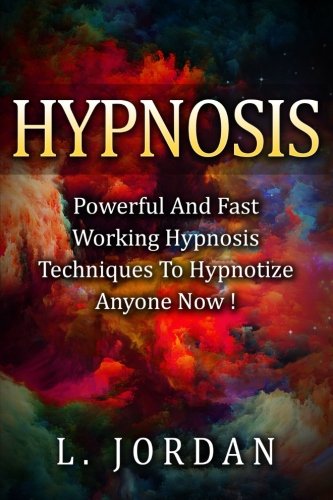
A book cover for Hypnosis: Powerful And Fast Working Hypnosis Techniques To Hypnotize Anyone Now !; L. Jordan; Self-Help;